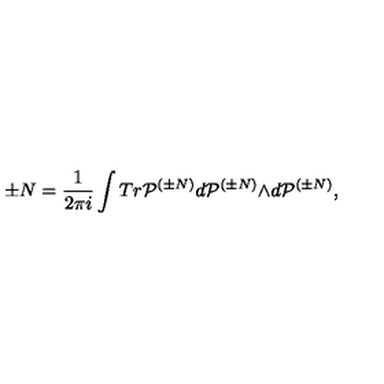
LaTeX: \pm N = \frac { 1 } { 2 { \pi } i } \int T r { \cal P } ^ { ( { \pm } N ) } d { \cal P } ^ { ( { \pm } N ) } { \wedge } d { \cal P } ^ { ( { \pm } N ) } ,